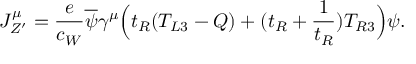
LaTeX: J _ { Z ^ { \prime } } ^ { \mu } = \frac { e } { c _ { W } } \overline { { { \psi } } } \gamma ^ { \mu } \Bigl ( t _ { R } ( T _ { L 3 } - Q ) + ( t _ { R } + \frac { 1 } { t _ { R } } ) T _ { R 3 } \Bigr ) \psi .